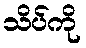
သိပ်ကို